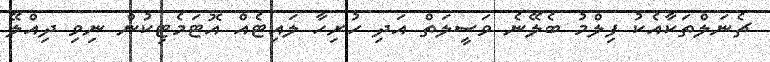
ޗެނަލްތަކާއެކު ފިލްމު ބެލޭނެ ވަސީލަތް އަދި ހުރިހާ ލައިޓެއް އޮޓަމެޓިކުން ނިވި ދިއްލޭ